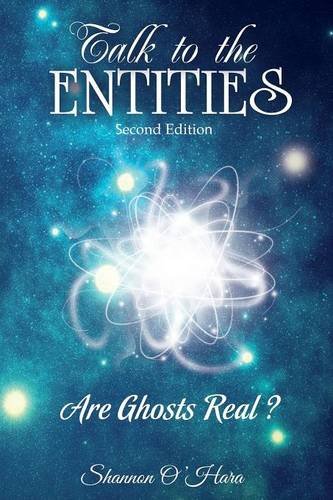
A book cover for Talk to the Entities; Shannon O'Hara; Self-Help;